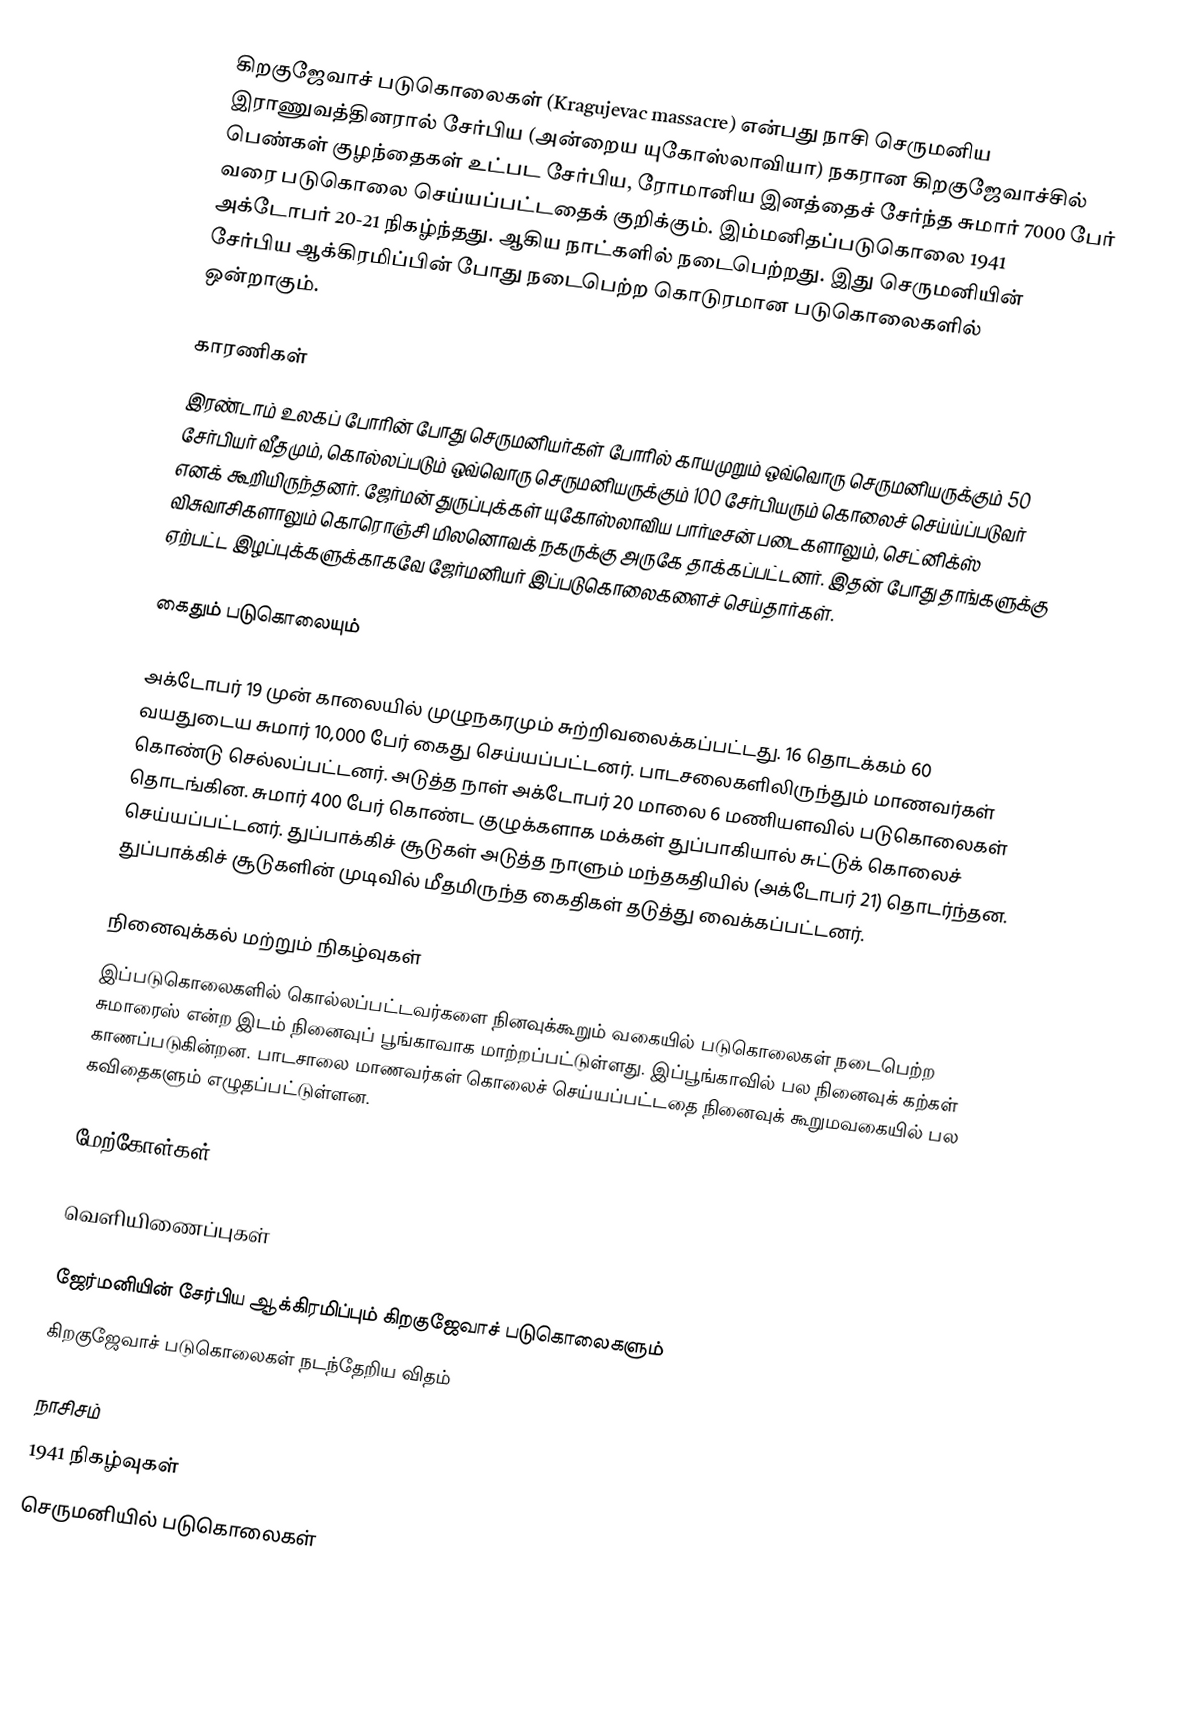
கிறகுஜேவாச் படுகொலைகள் (Kragujevac massacre) என்பது நாசி செருமனிய இராணுவத்தினரால் சேர்பிய (அன்றைய யுகோஸ்லாவியா) நகரான கிறகுஜேவாச்சில் பெண்கள் குழந்தைகள் உட்பட சேர்பிய, ரோமானிய இனத்தைச் சேர்ந்த சுமார் 7000 பேர் வரை படுகொலை செய்யப்பட்டதைக் குறிக்கும். இம்மனிதப்படுகொலை 1941 அக்டோபர் 20-21 நிகழ்ந்தது. ஆகிய நாட்களில் நடைபெற்றது. இது செருமனியின் சேர்பிய ஆக்கிரமிப்பின் போது நடைபெற்ற கொடுரமான படுகொலைகளில் ஒன்றாகும்.

காரணிகள்
இரண்டாம் உலகப் போரின் போது செருமனியர்கள் போரில் காயமுறும் ஒவ்வொரு செருமனியருக்கும் 50 சேர்பியர் வீதமும், கொல்லப்படும் ஒவ்வொரு செருமனியருக்கும் 100 சேர்பியரும் கொலைச் செய்ய்ப்படுவர் எனக் கூறியிருந்தனர். ஜேர்மன் துருப்புக்கள் யுகோஸ்லாவிய பார்டீசன் படைகளாலும், செட்னிக்ஸ் விசுவாசிகளாலும் கொரொஞ்சி மிலனொவக் நகருக்கு அருகே தாக்கப்பட்டனர். இதன் போது தாங்களுக்கு ஏற்பட்ட இழப்புக்களுக்காகவே ஜேர்மனியர் இப்படுகொலைகளைச் செய்தார்கள்.

கைதும் படுகொலையும்

அக்டோபர் 19 முன் காலையில் முழுநகரமும் சுற்றிவலைக்கப்பட்டது. 16 தொடக்கம் 60 வயதுடைய சுமார் 10,000 பேர் கைது செய்யப்பட்டனர். பாடசலைகளிலிருந்தும் மாணவர்கள் கொண்டு செல்லப்பட்டனர். அடுத்த நாள் அக்டோபர் 20 மாலை 6 மணியளவில் படுகொலைகள் தொடங்கின. சுமார் 400 பேர் கொண்ட குழுக்களாக மக்கள் துப்பாகியால் சுட்டுக் கொலைச் செய்யப்பட்டனர். துப்பாக்கிச் சூடுகள் அடுத்த நாளும் மந்தகதியில் (அக்டோபர் 21) தொடர்ந்தன. துப்பாக்கிச் சூடுகளின் முடிவில் மீதமிருந்த கைதிகள் தடுத்து வைக்கப்பட்டனர்.

நினைவுக்கல் மற்றும் நிகழ்வுகள்
இப்படுகொலைகளில் கொல்லப்பட்டவர்களை நினவுக்கூறும் வகையில் படுகொலைகள் நடைபெற்ற சுமாரைஸ் என்ற இடம் நினைவுப் பூங்காவாக மாற்றப்பட்டுள்ளது. இப்பூங்காவில் பல நினைவுக் கற்கள் காணப்படுகின்றன. பாடசாலை மாணவர்கள் கொலைச் செய்யப்பட்டதை நினைவுக் கூறுமவகையில் பல கவிதைகளும் எழுதப்பட்டுள்ளன.

மேற்கோள்கள்

வெளியிணைப்புகள்

 ஜேர்மனியின் சேர்பிய ஆக்கிரமிப்பும் கிறகுஜேவாச் படுகொலைகளும்
 கிறகுஜேவாச் படுகொலைகள் நடந்தேறிய விதம்

நாசிசம்
1941 நிகழ்வுகள்
செருமனியில் படுகொலைகள்